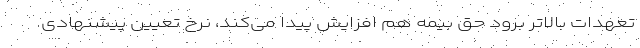
تعهدات بالاتر برود حق بیمه هم افزایش پیدا می‌کند، نرخ تعیین پیشنهادی